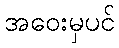
အဝေးမှပင်